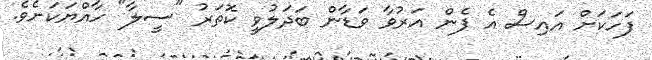
ފަހަކަށް އައިސް އެ ފެން އަރުވާ ވަޑާން ބަދަލުވީ ކޮތަރު "ސީލާ" ހާއްޔަކަށެވެ.